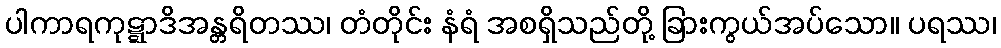
ပါကာရကုဋ္ဋာဒိအန္တရိတဿ၊ တံတိုင်း နံရံ အစရှိသည်တို့ ခြားကွယ်အပ်သော။ ပရဿ၊